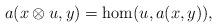
LaTeX: \begin{align*} a(x\otimes u,y)=\hom(u,a(x,y)),\end{align*}